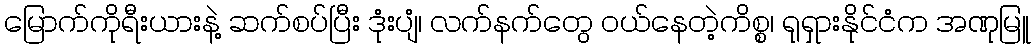
မြောက်ကိုရီးယားနဲ့ ဆက်စပ်ပြီး ဒုံးပျံ၊ လက်နက်တွေ ဝယ်နေတဲ့ကိစ္စ၊ ရုရှားနိုင်ငံက အဏုမြူ